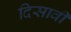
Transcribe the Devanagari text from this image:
दिसावी